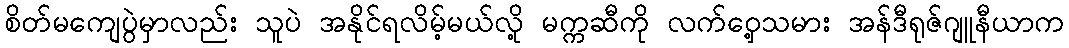
စိတ်မကျေပွဲမှာလည်း သူပဲ အနိုင်ရလိမ့်မယ်လို့ မက္ကဆီကို လက်ဝှေ့သမား အန်ဒီရုဇ်ဂျူနီယာက